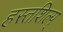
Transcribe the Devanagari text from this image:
हस्तशिल्प्